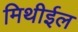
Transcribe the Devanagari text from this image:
मिथीईल